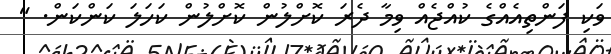
ވަކި ފަންތިއެއްގެ ކުއްޖެއް ވިމާ ދެރަ ކޮށްލުން ކޮށްލުން ކަހަލަ ކަންކަން. "